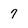
Character: 7